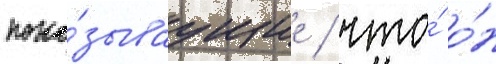
пока́зываущие / что́ о́н